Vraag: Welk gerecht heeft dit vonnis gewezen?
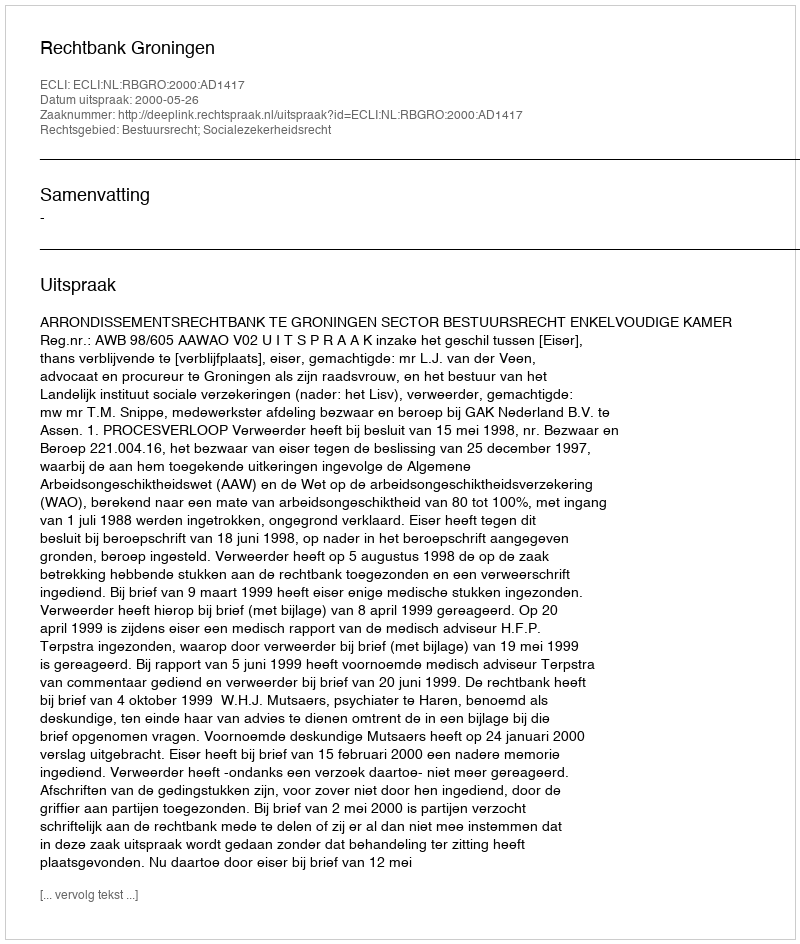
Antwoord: Rechtbank Groningen